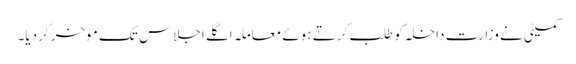
کمیٹی نے وزارت داخلہ کو طلب کرتے ہوئے معاملہ اگلے اجلاس تک موخر کردیا۔